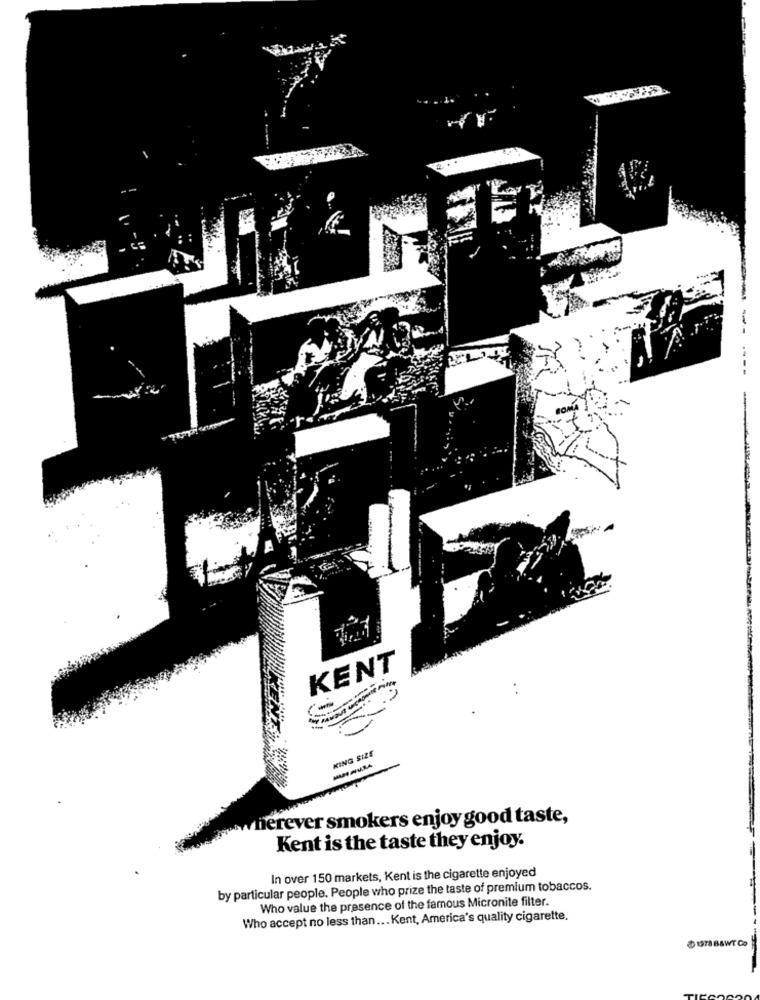
KENT
KING SIZE
herever smokers enjoy good taste,
Kent is the taste they enjoy.
In over 150 markets, Kent is the cigarette enjoyed
by particular people. People who prize the taste of premium tobaccos.
Who value the presence of the famous Micronite filter.
Who accept no less than ... Kent, America's quality cigarette.